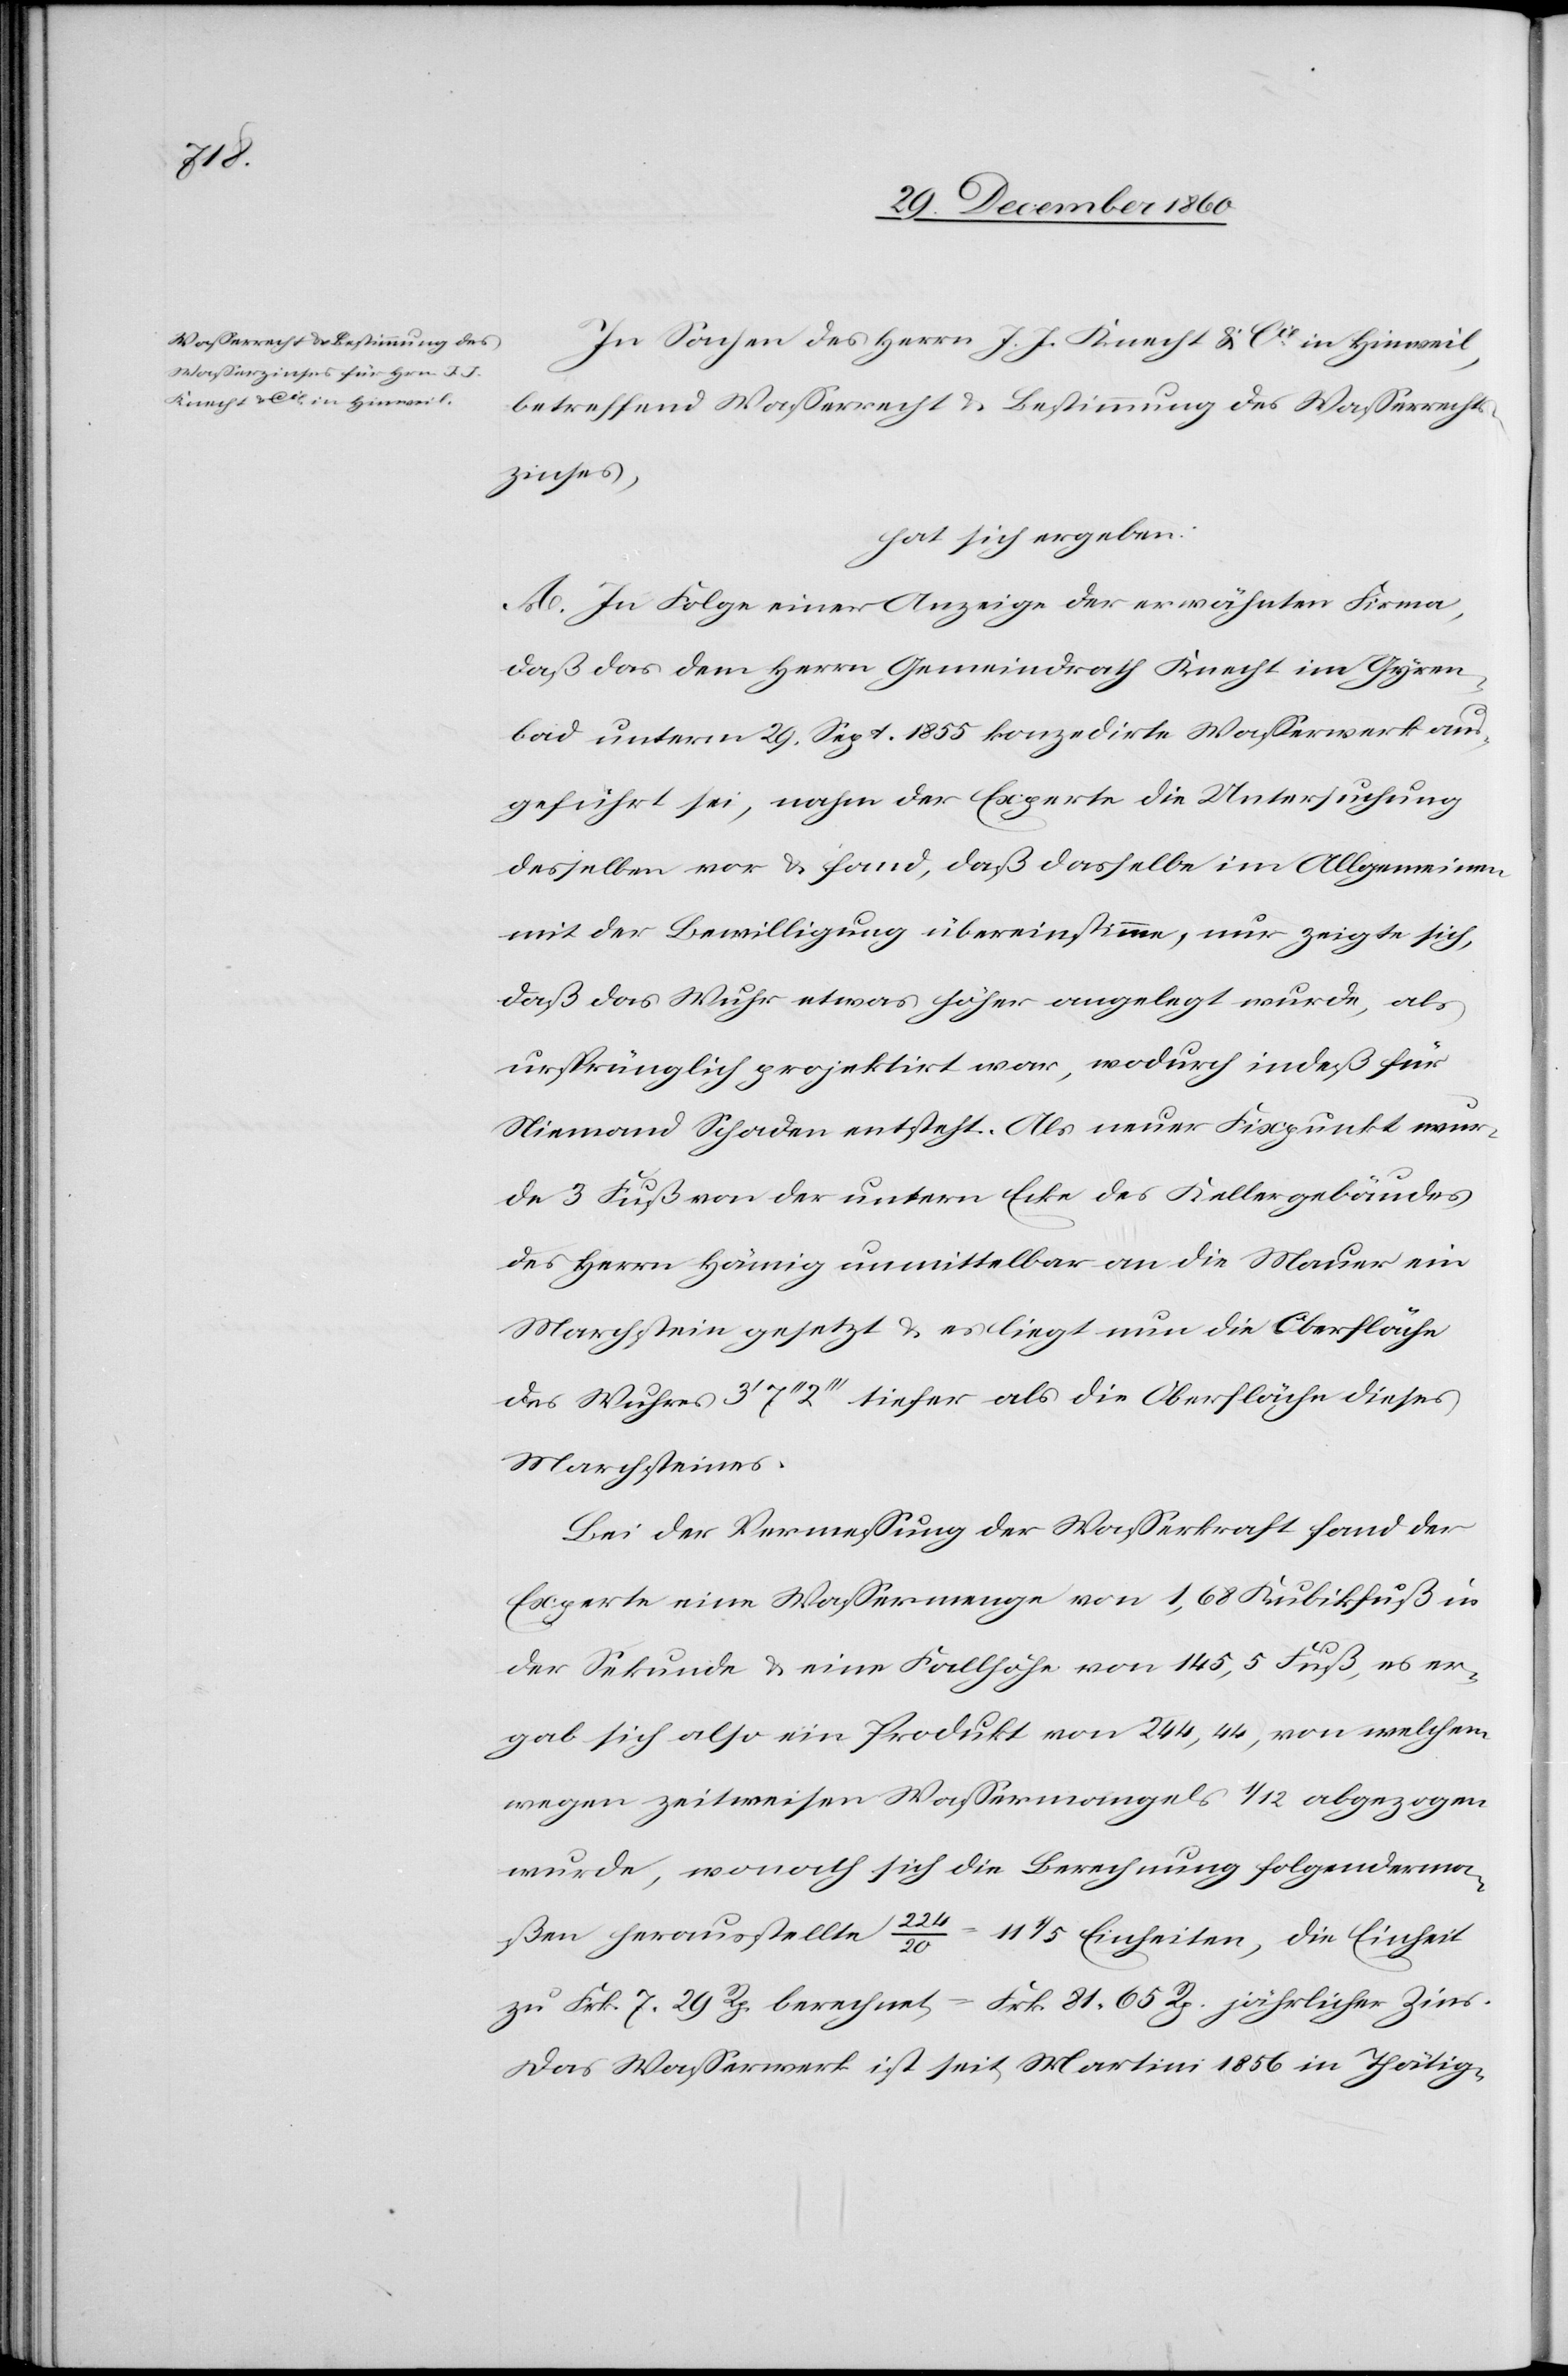
In Sachen des Herrn J. J. Knecht & Cie in Hinweil,
betreffend Wasserrecht u. Bestimmung des Wasserrechts¬
zinses,
hat sich ergeben:
A. In Folge einer Anzeige der erwähnten Firma,
daß das dem Herrn Gemeindrath Knecht im Gyren¬
bad unterm 29. Sept. 1855 konzedirte Wasserwerk an¬
geführt sei, nahm der Experte die Untersuchung
desselben vor u. fand, daß dasselbe im Allgemeinen
mit der Bewilligung übereinstimme, nur zeigte sich,
daß das Wuhr etwas höher angelegt wurde, als
ursprünglich projektirt war, wodurch indeß für
Niemand Schaden entsteht. Als neuer Fixpunkt wur¬
de 3 Fuß von der untern Ecke des Kellergebäudes
des Herrn Hämig unmittelbar an die Mauer ein
Marchstein gesetzt u. es liegt nun die Oberfläche
des Wuhres 3’ 7’’ 2’’’ tiefer als die Oberfläche dieses
Marchsteines.
Bei der Vermessung der Wasserkraft fand der
Experte eine Wassermenge von 1,68 Kubikfuß in
der Sekunde u. eine Fallhöhe von 145,5 Fuß, es er¬
gab sich also ein Produkt von 244,44, von welchem
wegen zweitweisen Wassermangels 1/12 abgezogen
wurde, wonach sich die Berechnung folgenderma¬
ßen herausstellte 224 / 20 = 11 1/5 Einheiten, die Einheit
zu Frk. 7 29 Rp. berechnet = Frk. 81 65 Rp. jährlicher Zins.
Das Wasserwerk ist seit Martini 1856 in Thätig-